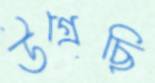
উগ্‌রেছি